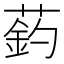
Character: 䔙